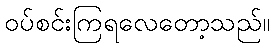
ဝပ်စင်းကြရလေတော့သည်။